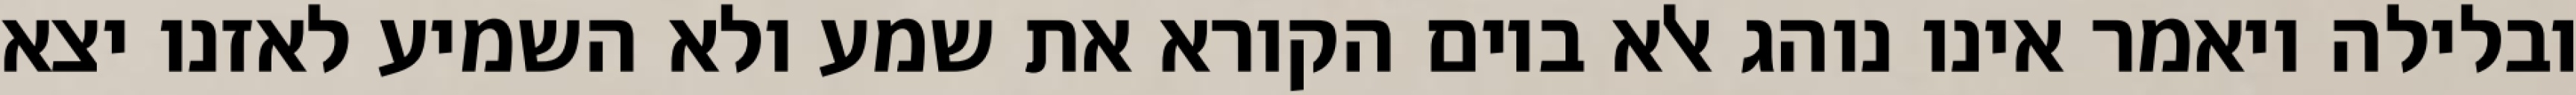
ובלילה ויאמר אינו נוהג אלא ביום הקורא את שמע ולא השמיע לאזנו יצא